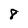
Character: 8